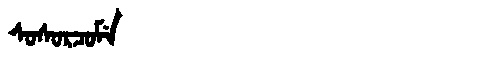
Manchu: ᠰᠣᠰᠣᡵᠴᠣᠮᡝ
Romanization: SOSORCOME